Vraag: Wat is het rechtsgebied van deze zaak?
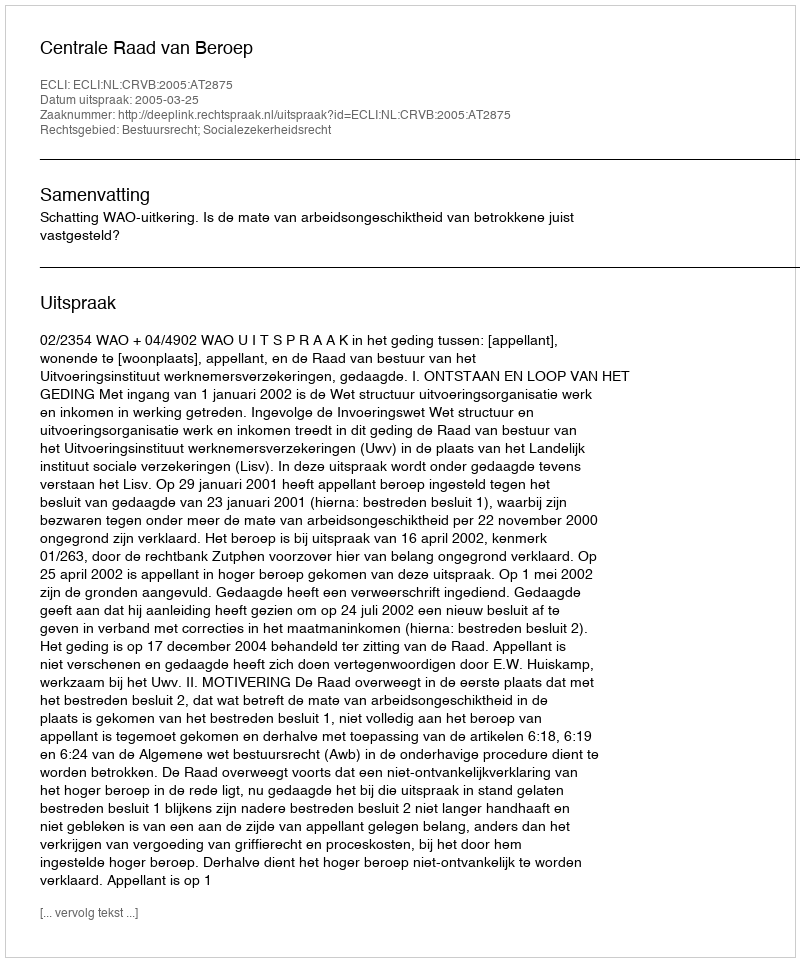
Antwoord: Bestuursrecht; Socialezekerheidsrecht